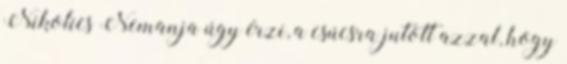
Nikolics Nemanja úgy érzi, a csúcsra jutott azzal, hogy